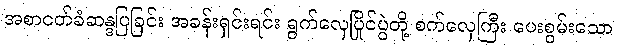
အစာငတ်ခံဆန္ဒပြခြင်း အခန်းရှင်းရင်း ရွက်လှေပြိုင်ပွဲတို့ စက်လှေကြီး ပေးစွမ်းသော